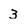
Character: 3